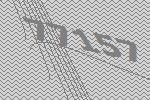
77157